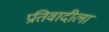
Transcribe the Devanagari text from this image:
प्रतिवादीला